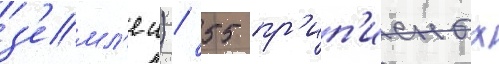
з'емл'еи) / 55 пр'ип'исных